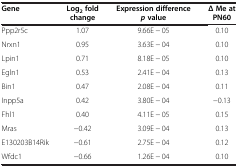
<table><thead><tr><td><b>Gene</b></td><td><b>Log<sub>2 </sub>fold change</b></td><td><b>Expression difference <i>p </i>value</b></td><td><b>Δ Me at PN60</b></td></tr></thead><tbody><tr><td>Ppp2r5c</td><td>1.07</td><td>9.66E − 05</td><td>0.10</td></tr><tr><td>Nrxn1</td><td>0.95</td><td>3.63E − 04</td><td>0.10</td></tr><tr><td>Lpin1</td><td>0.71</td><td>8.18E − 05</td><td>0.10</td></tr><tr><td>Egln1</td><td>0.53</td><td>2.41E − 04</td><td>0.13</td></tr><tr><td>Bin1</td><td>0.47</td><td>2.08E − 04</td><td>0.11</td></tr><tr><td>Inpp5a</td><td>0.42</td><td>3.80E − 04</td><td>−0.13</td></tr><tr><td>Fhl1</td><td>0.40</td><td>4.11E − 05</td><td>0.15</td></tr><tr><td>Mras</td><td>−0.42</td><td>3.09E − 04</td><td>0.13</td></tr><tr><td>E130203B14Rik</td><td>−0.61</td><td>2.75E − 04</td><td>0.12</td></tr><tr><td>Wfdc1</td><td>−0.66</td><td>1.26E − 04</td><td>0.10</td></tr></tbody></table>